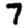
Digit: 7